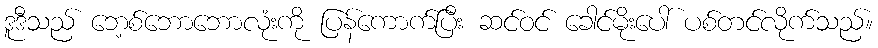
ဒူဒီသည် ဘေ့စ်ဘောဘောလုံးကို ပြန်ကောက်ပြီး ဆင်ဝင် ခေါင်မိုးပေါ် ပစ်တင်လိုက်သည်။